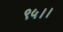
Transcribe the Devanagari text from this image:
९५।।